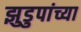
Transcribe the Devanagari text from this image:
झुडुपांच्या